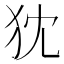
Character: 𤜴